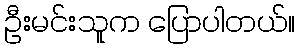
ဦးမင်းသူက ပြောပါတယ်။